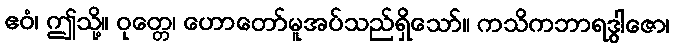
ဧဝံ၊ ဤသို့။ ဝုတ္တေ၊ ဟောတော်မူအပ်သည်ရှိသော်။ ကသိကဘာရဒွါဇော၊